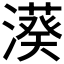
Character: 𣿮